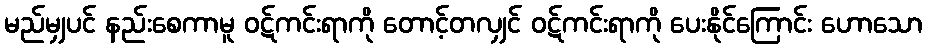
မည်မျှပင် နည်းစေကာမူ ဝဋ်ကင်းရာကို တောင့်တလျှင် ဝဋ်ကင်းရာကို ပေးနိုင်ကြောင်း ဟောသော